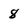
Character: 8